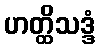
ဟတ္ထိသဒ္ဒံ